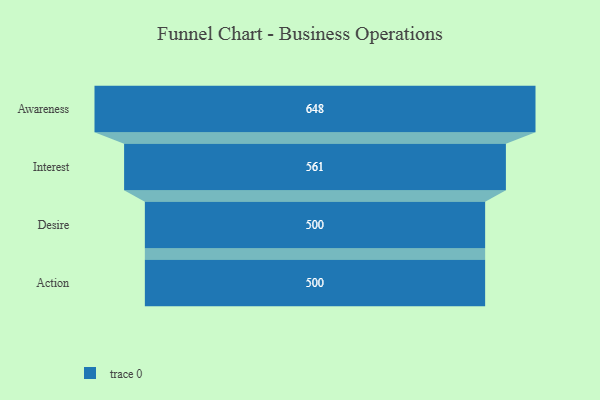
{"axis": {"x": "Stage", "y": "Value"}, "legend": [""], "data": [{"x": "Awareness", "y": 648.0, "type": ""}, {"x": "Interest", "y": 561.0, "type": ""}, {"x": "Desire", "y": 500, "type": ""}, {"x": "Action", "y": 500, "type": ""}]}